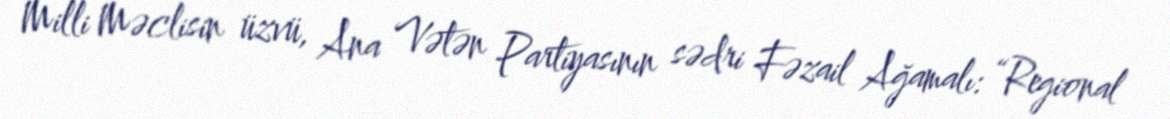
Milli Məclisin üzvü, Ana Vətən Partiyasının sədri Fəzail Ağamalı: “Regional